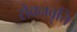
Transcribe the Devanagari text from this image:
सेवनवृति